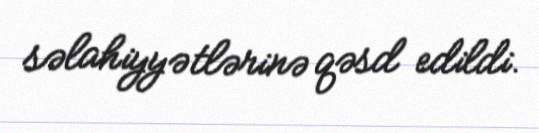
səlahiyyətlərinə qəsd edildi.